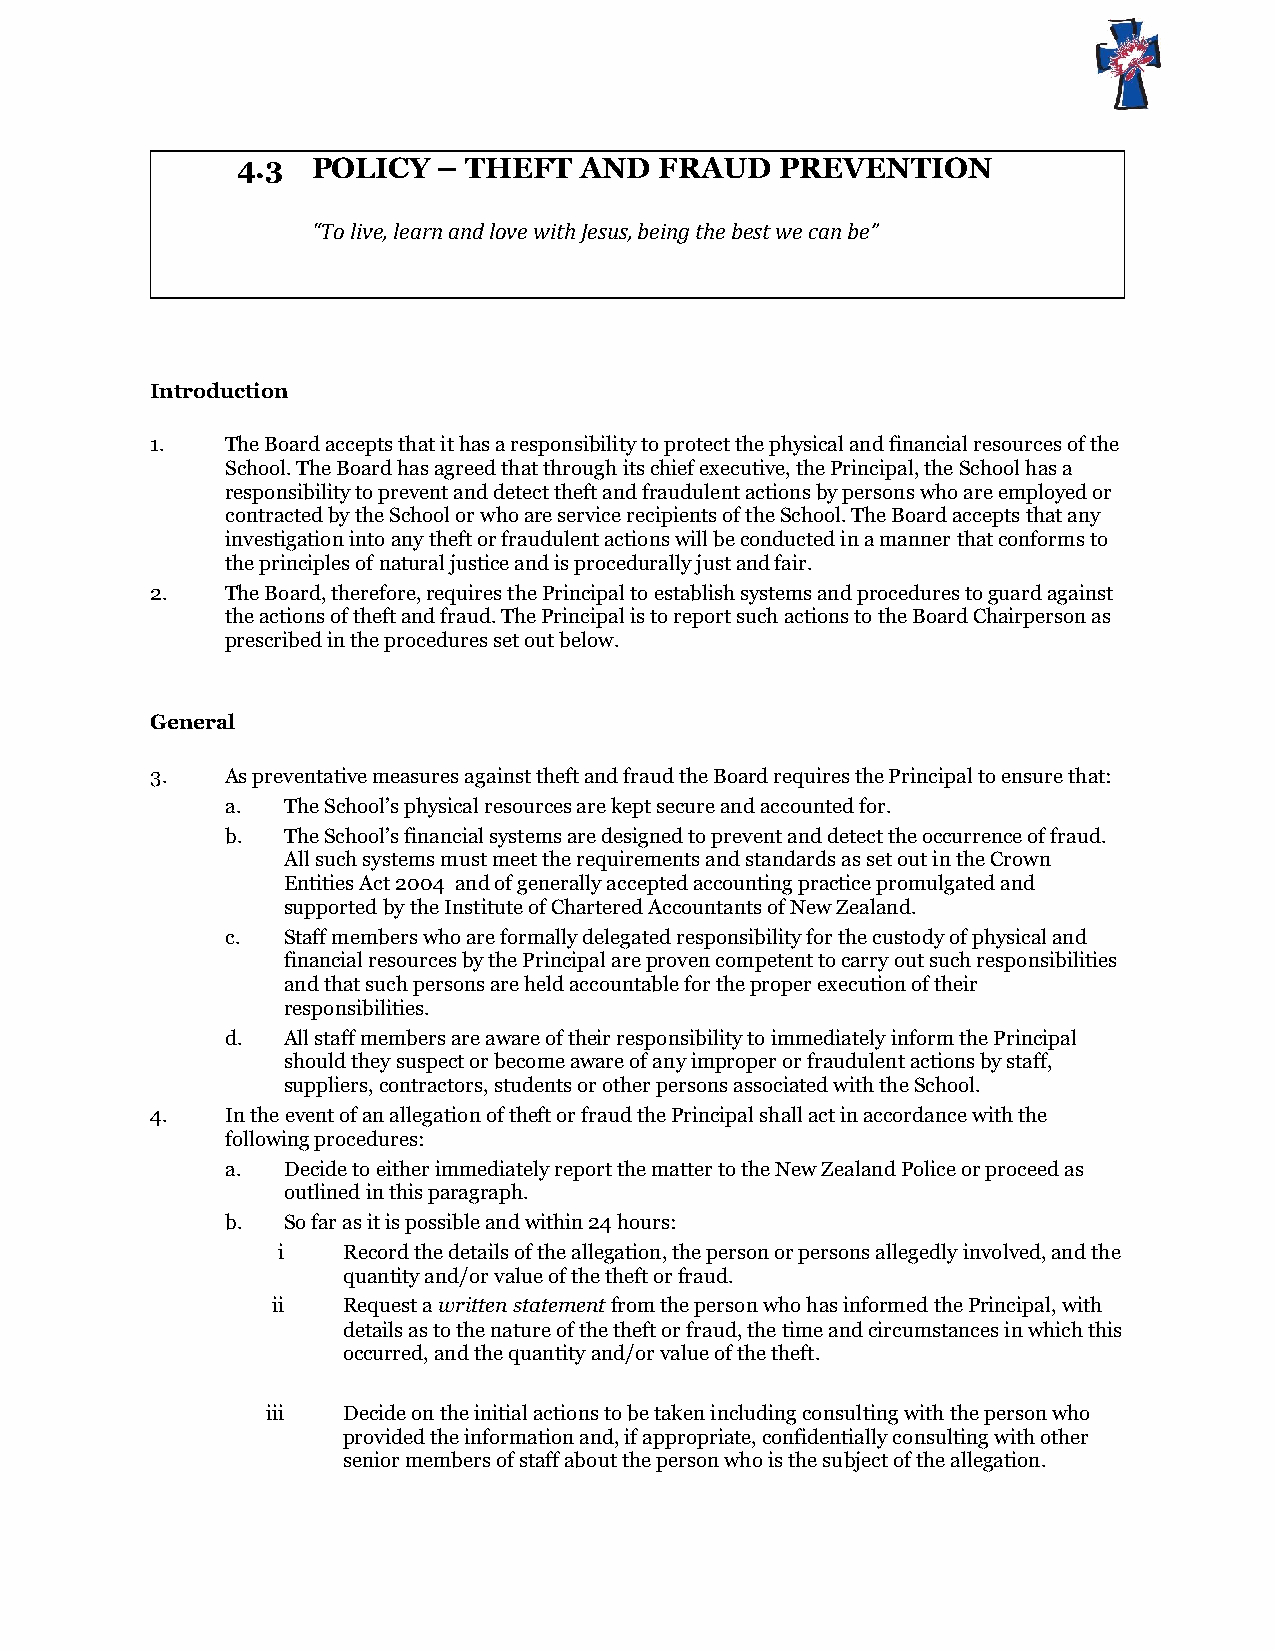
4.3  POLICY  – THEFT  AND   FRAUD   PREVENTION
 “To live, learn and love with Jesus, being the best we can be”
 Introduction
 1.   The Board accepts that it has a responsibility to protect the physical and financial resources of the
 School. The Board has agreed that through its chief executive, the Principal, the School has a
 responsibility to prevent and detect theft and fraudulent actions by persons who are employed or
 contracted by the School or who are service recipients of the School. The Board accepts that any
 investigation into any theft or fraudulent actions will be conducted in a manner that conforms to
 the principles of natural justice and is procedurally just and fair.
 2.   The Board, therefore, requires the Principal to establish systems and procedures to guard against
 the actions of theft and fraud. The Principal is to report such actions to the Board Chairperson as
 prescribed in the procedures set out below.
 General
 3.   As preventative measures against theft and fraud the Board requires the Principal to ensure that:
 a.  The School’s physical resources are kept secure and accounted for.
 b.  The School’s financial systems are designed to prevent and detect the occurrence of fraud.
 All such systems must meet the requirements and standards as set out in the Crown
 Entities Act 2004 and of generally accepted accounting practice promulgated and
 supported by the Institute of Chartered Accountants of New Zealand.
 c.  Staff members who are formally delegated responsibility for the custody of physical and
 financial resources by the Principal are proven competent to carry out such responsibilities
 and that such persons are held accountable for the proper execution of their
 responsibilities.
 d.  All staff members are aware of their responsibility to immediately inform the Principal
 should they suspect or become aware of any improper or fraudulent actions by staff,
 suppliers, contractors, students or other persons associated with the School.
 4.   In the event of an allegation of theft or fraud the Principal shall act in accordance with the
 following procedures:
 a.  Decide to either immediately report the matter to the New Zealand Police or proceed as
 outlined in this paragraph.
 b.  So far as it is possible and within 24 hours:
 i    Record the details of the allegation, the person or persons allegedly involved, and the
 quantity and/or value of the theft or fraud.
 ii   Request a written statement from the person who has informed the Principal, with
 details as to the nature of the theft or fraud, the time and circumstances in which this
 occurred, and the quantity and/or value of the theft.
 iii  Decide on the initial actions to be taken including consulting with the person who
 provided the information and, if appropriate, confidentially consulting with other
 senior members of staff about the person who is the subject of the allegation.